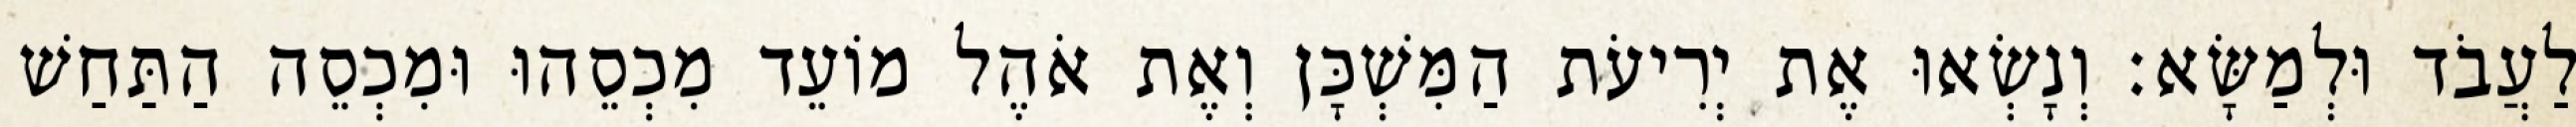
לַעֲבֹד וּלְמַשָּׂא׃ וְנָשְׂאוּ אֶת יְרִיעֹת הַמִּשְׁכָּן וְאֶת אֹהֶל מוֹעֵד מִכְסֵהוּ וּמִכְסֵה הַתַּחַשׁ